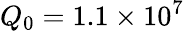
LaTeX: Q_{0}=1.1\times 10^{7}